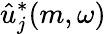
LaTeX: \hat{u}_{j}^{*}(m,\omega)